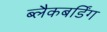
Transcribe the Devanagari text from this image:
ब्लैकबर्डिंग